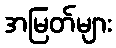
အမြတ်များ